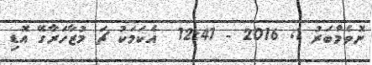
ނޮވެމްބަރު 1